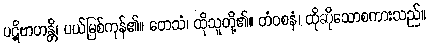
ပဋိဗာဟန္တိ၊ ပယ်မြစ်ကုန်၏။ တေသံ၊ ထိုသူတို့၏။ တံဝစနံ၊ ထိုဆိုသောစကားသည်။